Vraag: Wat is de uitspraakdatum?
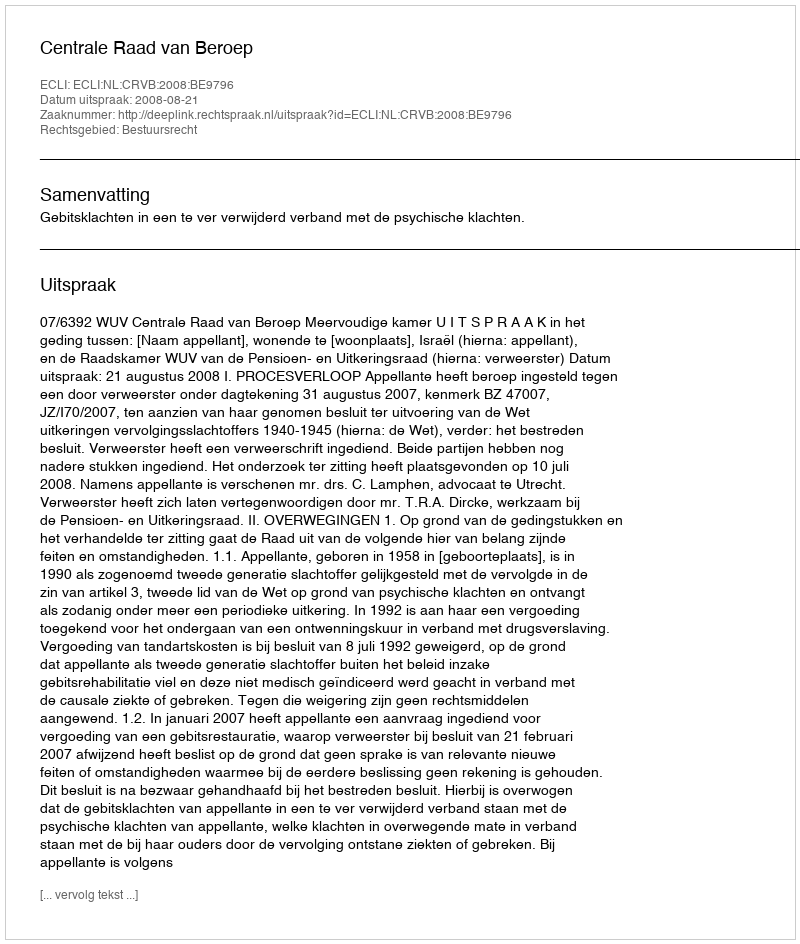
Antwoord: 2008-08-21